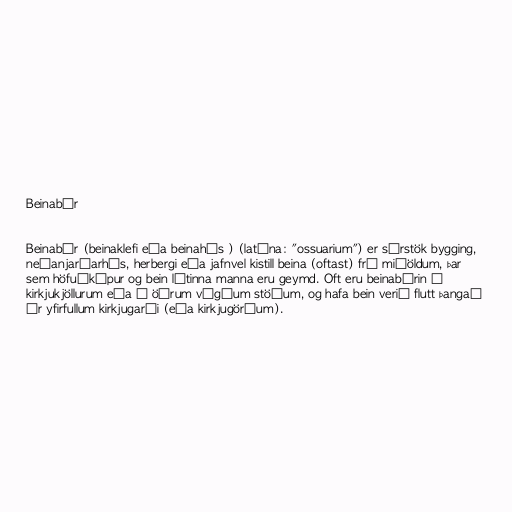
Beinabúr

Beinabúr (beinaklefi eða beinahús ) (latína: "ossuarium") er sérstök bygging,
neðanjarðarhús, herbergi eða jafnvel kistill beina (oftast) frá miðöldum, þar
sem höfuðkúpur og bein látinna manna eru geymd. Oft eru beinabúrin í
kirkjukjöllurum eða á öðrum vígðum stöðum, og hafa bein verið flutt þangað
úr yfirfullum kirkjugarði (eða kirkjugörðum).